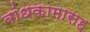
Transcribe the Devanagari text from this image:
बांधकामासह